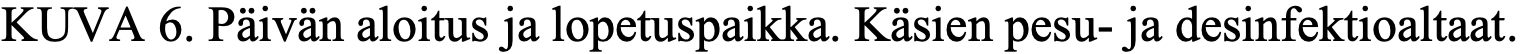
KUVA  6. Päivän aloitus ja lopetuspaikka. Käsien pesu- ja desinfektioaltaat.